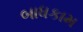
બાધકામ